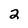
Character: 2